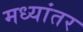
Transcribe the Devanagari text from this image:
मध्‍यांतर